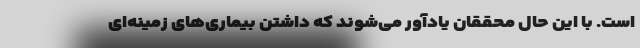
است. با این حال محققان یادآور می‌شوند که داشتن بیماری‌های زمینه‌ای